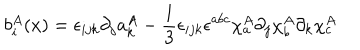
LaTeX: b _ { i } ^ { A } ( x ) = \epsilon _ { i j k } \partial _ { j } a _ { k } ^ { A } - \frac { 1 } { 3 } \epsilon _ { i j k } \epsilon ^ { a b c } \chi _ { a } ^ { A } \partial _ { j } \chi _ { b } ^ { A } \partial _ { k } \chi _ { c } ^ { A }